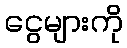
ငွေများကို